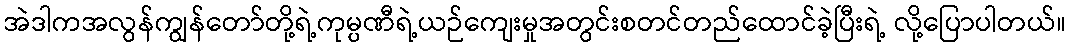
အဲဒါကအလွန်ကျွန်တော်တို့ရဲ့ကုမ္ပဏီရဲ့ယဉ်ကျေးမှုအတွင်းစတင်တည်ထောင်ခဲ့ပြီးရဲ့ လို့ပြောပါတယ်။